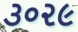
૩૦૨૯